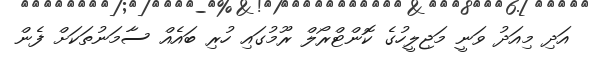
އަދި މިއަދު ވަނީ މަޖިލީހުގެ ކޮންޓްރޯލް ރޫމުގައި ހުރި ބައެއް ސާމަނުތަކަށް ފެން